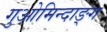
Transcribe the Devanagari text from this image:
गुओमिन्दाङ्ग